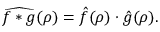
{ \widehat { f * g } } ( \rho ) = { \hat { f } } ( \rho ) \cdot { \hat { g } } ( \rho ) .